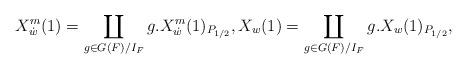
LaTeX: \begin{align*}X_{\dot{w}}^m(1) = \coprod_{g \in G(F)/I_F} g.X_{\dot{w}}^m(1)_{P_{1/2}}, X_w(1) = \coprod_{g \in G(F)/I_F} g.X_w(1)_{P_{1/2}}, \end{align*}